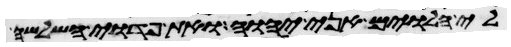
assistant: לי הלוים אני יהוה ואת פדוי השלשה